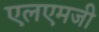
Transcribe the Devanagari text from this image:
एलएमजी